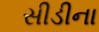
સીડીના